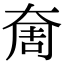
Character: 奝